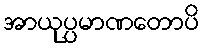
အာယုပ္ပမာဏတောပိ